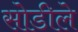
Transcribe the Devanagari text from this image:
सोडीले